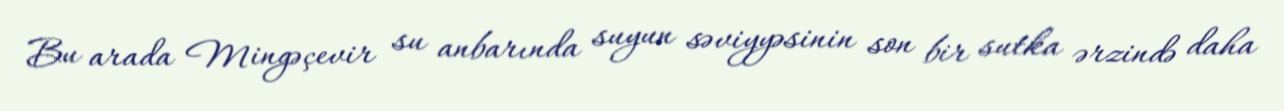
Bu arada Mingəçevir su anbarında suyun səviyyəsinin son bir sutka ərzində daha